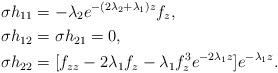
LaTeX: \begin{align*} \sigma h_{11}&= - \lambda_2 e^{-(2 \lambda_2 +\lambda_1)z} f_z, \\ \sigma h_{12} & =\sigma h_{21} = 0, \\ \sigma h_{22}&= [f_{zz}-2\lambda_1 f_z -\lambda_1 f_z^3 e^{-2\lambda_1 z} ] e^{-\lambda_1 z}. \end{align*}